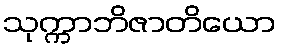
သုက္ကာဘိဇာတိယော